Lunatic asylums United Provinces 1909-1921 - 1909-1921
Year: 1909
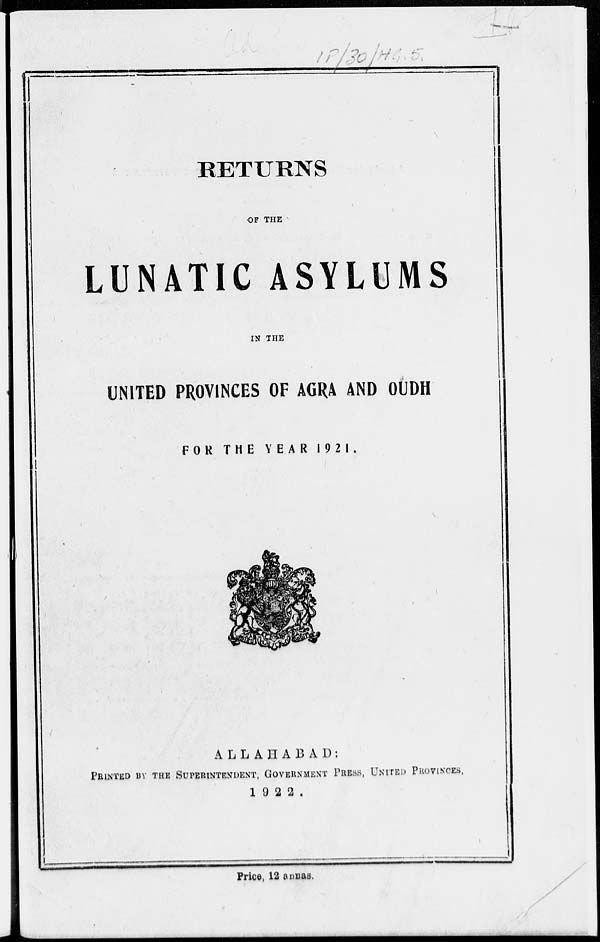
RETURNS
OF THE
LUNATIC ASYLUMS
IN THE
UNITED PROVINCES OF AGRA AND OUDH
FOR THE YEAR 1921.
ALLAHABAD:
PRINTED
BY
THE
SUPERINTENDENT
PRESS, UNITED PROVINCES,
1922.
Price, 12 annas.